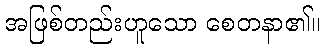
အဖြစ်တည်းဟူသော စေတနာ၏။